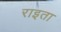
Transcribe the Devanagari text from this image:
राइता